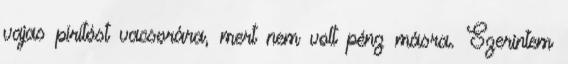
vajas pirítóst vacsorára, mert nem volt pénz másra. Szerintem